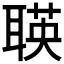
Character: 𬚡